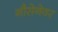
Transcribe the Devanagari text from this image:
नौसेनेवर